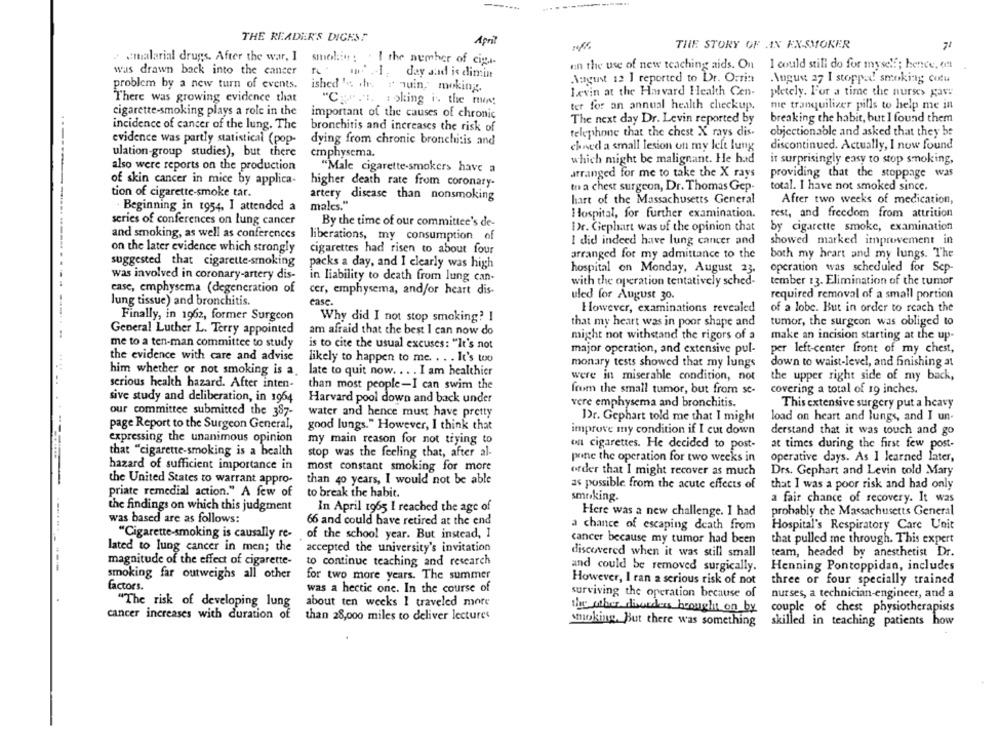
----
THE READER'S DIGEST
April
THE STORY OF AN EX-SMOKER
71
malarial drugs. After the war, I
malarial drugs. After the war, I smolin: . I the number of cig ..
en the use of new teaching aids. On I could still do for myself; hence, 6 !!
was drawn back into the cancer ret
w .1. day and is dimint
August 12 ] reported to Dr. Orria
August 27 I stopped smoking cotu
problem by a new turn of events. ished 's the a quin, moking.
There was growing evidence that
Levin at the Harvard Health Cen-
pletely. For a time the nurses gave
"Car.t. woking is the nun
ter for an annual health checkup.
me tranquilizer pills to help me in
cigarette-smoking plays a role in the
important of the causes of chronic
The next day Dr. Levin reported by
breaking the habit, but I found them
incidence of cancer of the lung. The
bronchitis and increases the risk of
telephone that the chest X rays dis.
objectionable and asked that they be
evidence was partly statistical (pop-
dying from chronic bronchitis and
chned a small lesion on my left lung
discontinued. Actually, I now found
ulation-group studies), but there
emphysema.
also were reports on the production
which might be malignant. He had
it surprisingly easy to stop smoking,
"Male cigarette-smokers have a
arranged for me to take the X rays
providing that the stoppage was
of skin cancer in mice by applica-
higher death rate from coronary-
to a chest surgeon, Dr. Thomas Gep-
total. I have not smoked since.
tion of cigarette-smoke tar.
artery disease than nonsmoking
hart of the Massachusetts General
After two weeks of medication,
. Beginning in 1954, I attended a
males."
Hospital, for further examination.
rest, and freedom from attrition
series of conferences on lung cancer
By the time of our committee's de-
Dr. Gephart was of the opinion that
by cigarette smoke, examination
and smoking, as well as conferences
liberations, my consumption of
showed marked improvement in
on the later evidence which strongly
I did indeed have lung cancer and
cigarettes had risen to about four
arranged for my admittance to the
both my heart and my lungs. The
suggested that cigarette smoking
packs a day, and I clearly was high
hospital on Monday, August 23.
operation was scheduled for Scp-
was involved in coronary-artery dis-
in liability to death from lung can-
with the operation tentatively sched-
tember 13. Elimination of the tumor
casc, emphysema (degeneration of
cer, emphysema, and/or heart dis-
uled for August 30.
required removal of a small portion
lung tissue) and bronchitis.
ease.
However, examinations revealed
of a lobe. But in order to reach the
Finally, in 1962, former Surgeon
Why did I not stop smoking? I
that my heart was in poor shape and
tumor, the surgeon was obliged to
General Luther L. Terry appointed
am afraid that the best I can now do
might not withstand the rigors of a
make an incision starting at the up-
me to a ten-man committee to study
is to cite the usual excuses: "It's not
major operation, and extensive pul-
per left-center front of my chest,
the evidence with care and advise
likely to happen to me. . . . It's too
monary tests showed that my lungs
down to waist-level, and finishing at
him whether or not smoking is a.
late to quit now. . . . I am healthier
were in miserable condition, not
the upper right side of my back,
serious health hazard. After inten-
than most people-I can swim the
from the small tumor, but from se-
covering a total of 19 inches.
sive study and deliberation, in 1964
Harvard pool down and back under
vere emphysema and bronchitis.
This extensive surgery put a heavy
our committee submitted the 387-
water and hence must have pretty
Dr. Gephart told me that I might
load on heart and lungs, and I un-
page Report to the Surgeon General,
good lungs." However, I think that
improve my condition if I cut down
derstand that it was touch and go
expressing the unanimous opinion
my main reason for not trying to
ont cigarettes. He decided to post-
at times during the first few post-
that "cigarette-smoking is a health
stop was the feeling that, after al-
prine the operation for two weeks in
operative days. As 1 learned later,
hazard of sufficient importance in
most constant smoking for more
order that I might recover as much
Drs. Gephart and Levin told Mary
the United States to warrant appro-
than 40 years, I would not be able
-
as possible from the acute effects of
that I was a poor risk and had only
priate remedial action." A few of
to break the habit.
smoking.
a fair chance of recovery. It was
the findings on which this judgment
In April 1965 I reached the age of
Here was a new challenge. I had
probably the Massachusetts General
was based are as follows:
66 and could have retired at the end
a chance of escaping death from
Hospital's Respiratory Care Unit
"Cigarette-smoking is causally re-
of the school year. But instead, I
cancer because my tumor had been
that pulled me through. This expert
lated to lung cancer in men; the
accepted the university's invitation
discovered when it was still small
team, headed by anesthetist Dr.
magnitude of the effect of cigarette-
to continue teaching and research
----------
and could be removed surgically.
Henning Pontoppidan, includes
smoking far outweighs all other
for two more years. The summer
factors.
However, I ran a serious risk of not
three or four specially trained
was a hectic one. In the course of
surviving the operation because of
nurses, a technician-engineer, and a
"The risk of developing lung
about ten weeks I traveled more
cancer increases with duration of
the other disorders brought on by
couple of chest physiotherapists
than 28,000 miles to deliver lectures
smoking, But there was something
skilled in teaching patients how